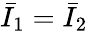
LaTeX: {\bar{I}}_{1}={\bar{I}}_{2}